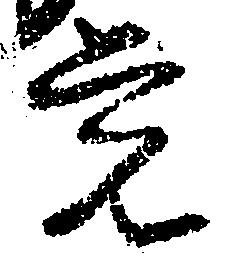
覚